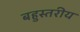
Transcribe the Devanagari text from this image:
बहुस्‍तरीय